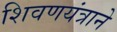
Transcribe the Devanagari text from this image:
शिवणयंत्राने